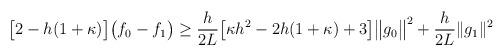
LaTeX: \begin{align*}\begin{aligned}\big[2 - h(1+\kappa)\big]\big(f_{0}-f_{1}\big) {}\geq{} \frac{h}{2L} \big[\kappa h^2 - 2h(1+\kappa) + 3\big] \big\|g_{0}\big\|^2 + \frac{h}{2L} \|g_1\|^2 \end{aligned} \end{align*}